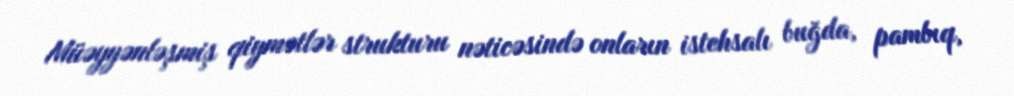
Müəyyənləşmiş qiymətlər strukturu nəticəsində onların istehsalı buğda, pambıq,